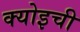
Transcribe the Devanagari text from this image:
क्योइची